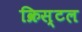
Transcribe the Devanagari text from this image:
क्रिस्‍टल